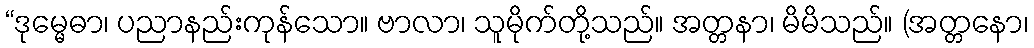
“ဒုမ္မေဓာ၊ ပညာနည်းကုန်သော။ ဗာလာ၊ သူမိုက်တို့သည်။ အတ္တနာ၊ မိမိသည်။ (အတ္တနော၊